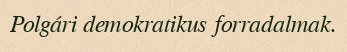
Polgári demokratikus forradalmak.